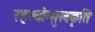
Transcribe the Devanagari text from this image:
रहस्योन्मुखकृति